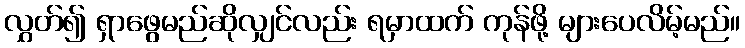
လွှတ်၍ ရှာဖွေမည်ဆိုလျှင်လည်း ရမှာထက် ကုန်ဖို့ များပေလိမ့်မည်။